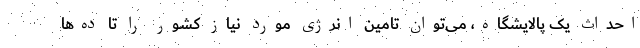
احداث یک پالایشگاه، می‌توان تامین انرژی مورد نیاز کشور را تا ده‌ها